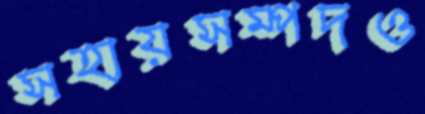
সহায়সম্পদও